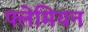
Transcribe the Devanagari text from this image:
फ्लेमियन